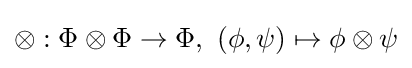
\otimes :\Phi \otimes \Phi \rightarrow \Phi ,~(\phi ,\psi )\mapsto \phi \otimes \psi